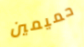
حميمين